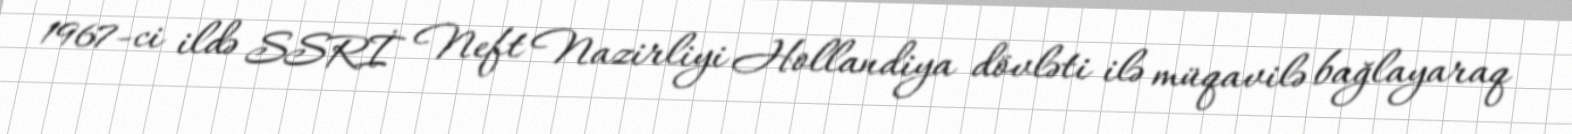
1967-ci ildə SSRİ Neft Nazirliyi Hollandiya dövləti ilə müqavilə bağlayaraq